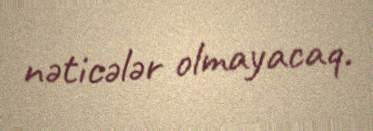
nəticələr olmayacaq.